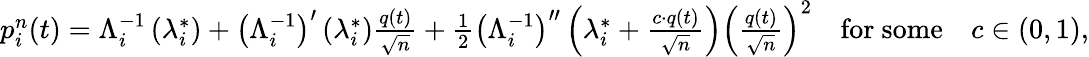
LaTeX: \begin{array}{r}{p_{i}^{n}(t)=\Lambda_{i}^{-1}\left(\lambda_{i}^{*}\right)+\left(\Lambda_{i}^{-1}\right)^{\prime}\left(\lambda_{i}^{*}\right)\frac{q(t)}{\sqrt{n}}+\frac{1}{2}\left(\Lambda_{i}^{-1}\right)^{\prime\prime}\left(\lambda_{i}^{*}+\frac{c\cdot q(t)}{\sqrt{n}}\right)\left(\frac{q(t)}{\sqrt{n}}\right)^{2}\quad\mathrm{for~some}\quad c\in\left(0,1\right),}\end{array}